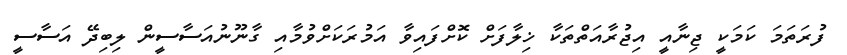
ފުރަތަމަ ކަމަކީ ޖިނާއީ އިޖުރާއަތްތަކާ ޚިލާފަށް ކޮށްފައިވާ އަމުރަކަށްވުމާއި ގާނޫނުއަސާސީން ލިބިދޭ އަސާސީ